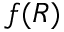
f ( R )